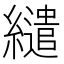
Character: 繾